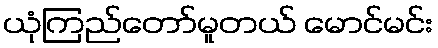
ယုံကြည်တော်မူတယ် မောင်မင်း